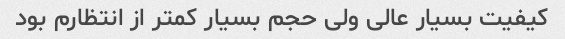
کیفیت بسیار عالی ولی حجم بسیار کمتر از انتظارم بود